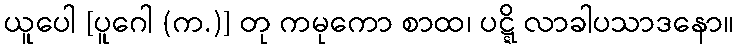
ယူပေါ [ပူဂေါ (က.)] တု ကမုကော စာထ၊ ပဋ္ဋိ လာခါပသာဒနော။